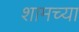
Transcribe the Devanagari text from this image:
शामच्या